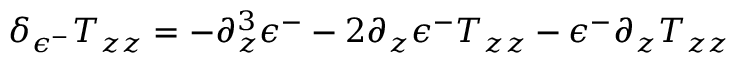
\delta _ { \epsilon ^ { - } } T _ { z z } = - \partial _ { z } ^ { 3 } \epsilon ^ { - } - 2 \partial _ { z } \epsilon ^ { - } T _ { z z } - \epsilon ^ { - } \partial _ { z } T _ { z z }